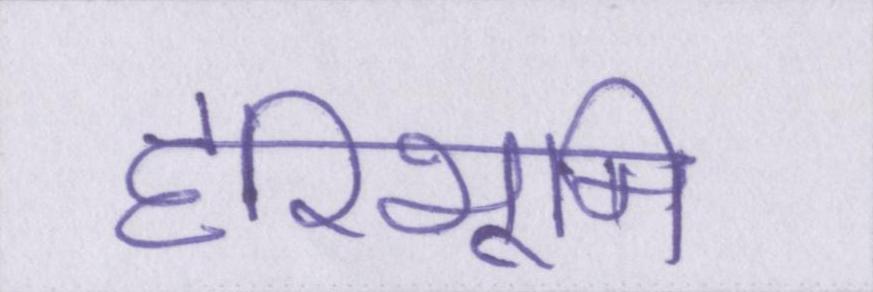
हरिभूमि